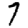
Digit: 7